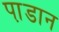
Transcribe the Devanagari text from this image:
पा़डान